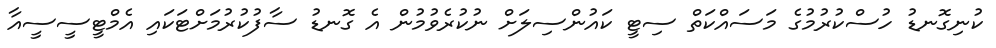
ކުނިގޮނޑު ހުސްކުރުމުގެ މަސައްކަތް ސިޓީ ކައުންސިލަށް ނުކުރެވުމުން އެ ގޮނޑު ސާފުކުރުމަށްޓަކައި އެމްޓީސީސީއާ